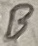
Text: B